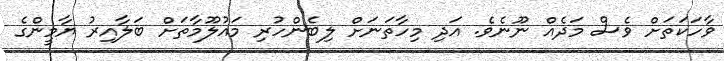
ވާހަކަތަށް ވެސް މަދެއް ނޫނެވެ. އަދި މިހާތަނަށް ލިބެންހުރި މައުލޫމާތަށް ބަލާއިރު ޔާމީންގެ